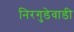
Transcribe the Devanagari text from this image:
निरगुडेवाडी